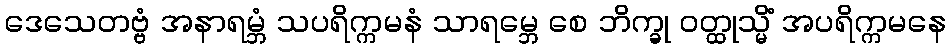
ဒေသေတဗ္ဗံ အနာရမ္ဘံ သပရိက္ကမနံ သာရမ္ဘေ စေ ဘိက္ခု ဝတ္ထုသ္မိံ အပရိက္ကမနေ